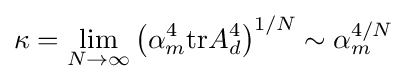
\kappa =\lim _{N\rightarrow \infty }\left(\alpha _{m}^{4}{\textrm {tr}}A_{d}^{4}\right)^{1/N}\sim \alpha _{m}^{4/N}